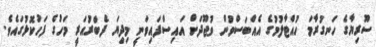
ސޫރިޔާގެ ހަނގުރާމަ ހުއްޓާލުމުގެ އެއްބަސްވުން ވުޖޫދަށް އައިސްފައިވަނީ މިދިޔަ ފެބްރުއަރީ މަހުގެ ފަހުކޮޅުގައެވެ.